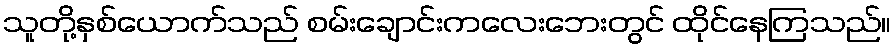
သူတို့နှစ်ယောက်သည် စမ်းချောင်းကလေးဘေးတွင် ထိုင်နေကြသည်။